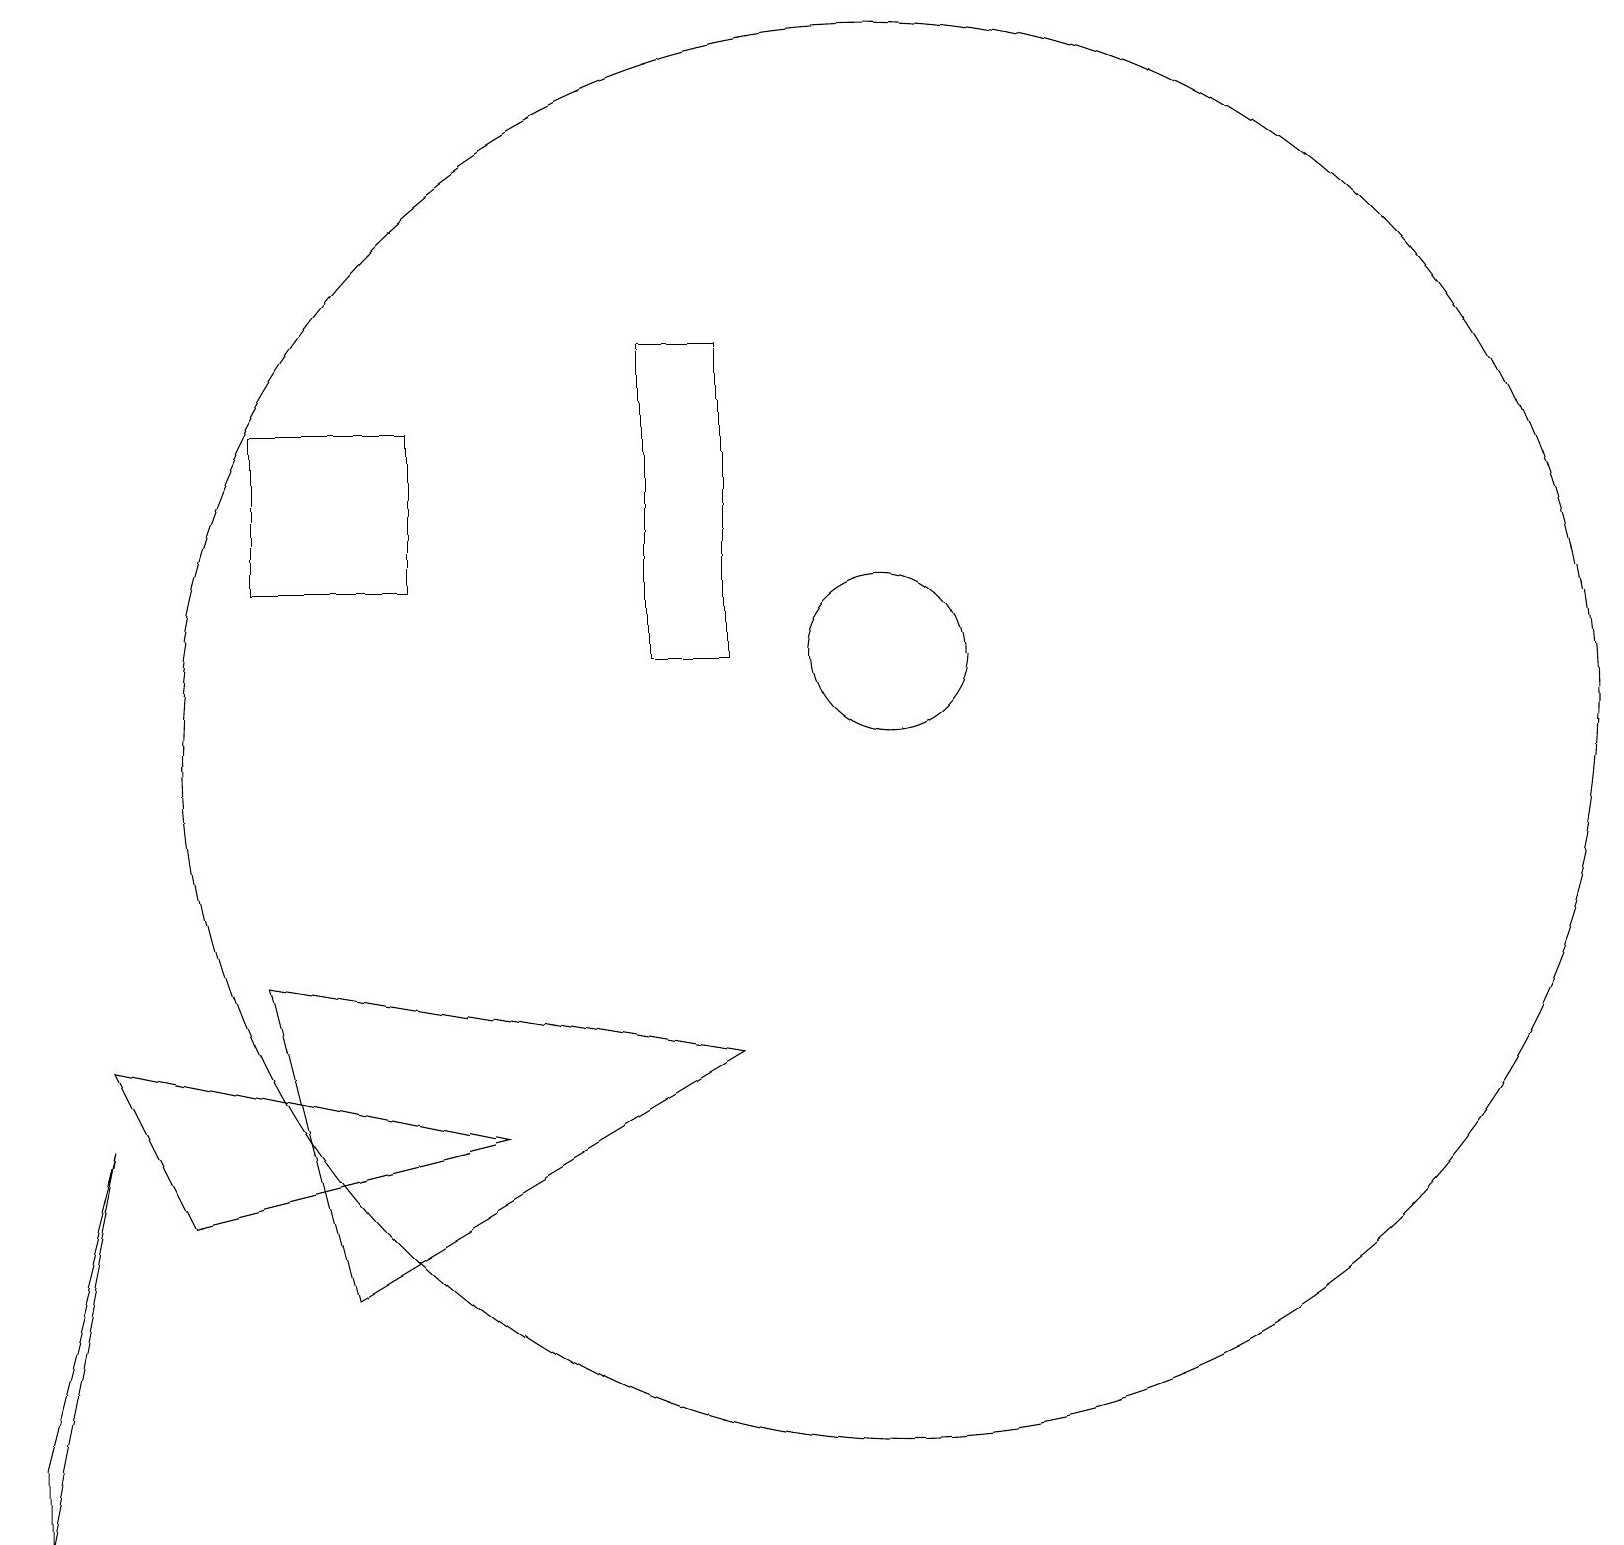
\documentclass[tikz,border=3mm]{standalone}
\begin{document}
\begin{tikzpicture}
\draw (9,11) rectangle (8,15);
\draw (0,1) -- (1,5) -- (0,0) -- cycle;
\draw (5,14) rectangle (3,12);
\draw (6,5) -- (1,6) -- (2,4) -- cycle;
\draw (4,3) -- (9,6) -- (3,7) -- cycle;
\draw (11,10) circle (9);
\draw (11,11) circle (1);
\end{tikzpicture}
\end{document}